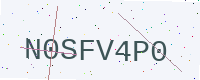
Text: N0SFV4P0